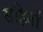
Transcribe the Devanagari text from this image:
सहितों